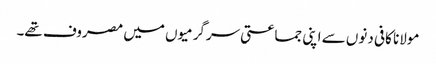
مولانا کافی دنوں سے اپنی جماعتی سرگرمیوں میں مصروف تھے۔